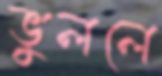
ভুললে